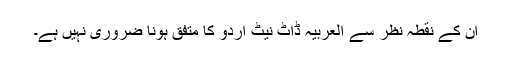
ان کے نقطہ نظر سے العربیہ ڈاٹ نیٹ اردو کا متفق ہونا ضروری نہیں ہے۔